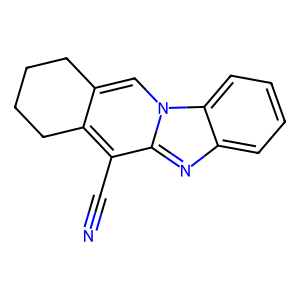
SMILES: N#Cc1c2c(cn3c1nc1ccccc13)CCCC2
Inhibits HIV replication: No